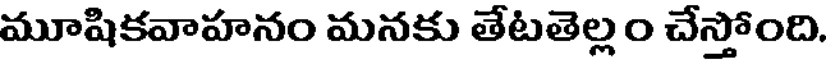
మూషికవాహనం మనకు తేటతెల్లం చేస్తోంది.